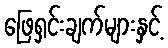
ဖြေရှင်းချက်များနှင့်